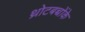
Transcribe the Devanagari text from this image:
थ्रोटबच्चोंके